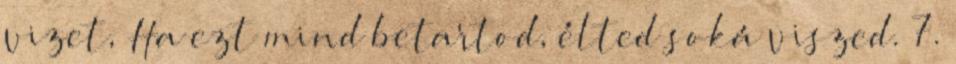
vizet, Ha ezt mind betartod, élted soká viszed. 7.